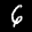
Label: 6